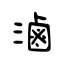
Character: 滷